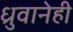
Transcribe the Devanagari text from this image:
ध्रुवानेही